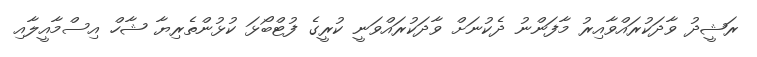
ރަޝީދު ވާދަކުރައްވާއިރު މާފަންނު ދެކުނަށް ވާދަކުރައްވަނީ ކުރީގެ ފުޓްބޯޅަ ކުޅުންތެރިޔާ ޝާހް އިސްމާއީލާއި